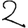
Digit: 2